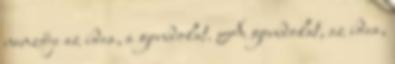
nemzője az idea, a gondolat. A gondolat, az idea,